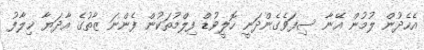
އެހެދުން ލުމުން އޭނާ ސިފަވެގެންދަނީ ހޮލީވުޑް ފިލްމުތަކުން ފެންނަ ޒާތުގެ އާދަޔާ ޚިލާފު